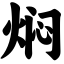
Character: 焖